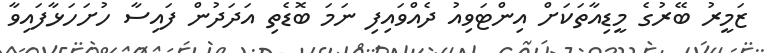
ޒަމީރު ބޭރުގެ މީޑިއާތަކަށް އިންޓަވިއު ދެއްވައިފި ނަމަ ބޮޑެތި އަދަދުން ފައިސާ ހުށަހަޅާފައިވާ